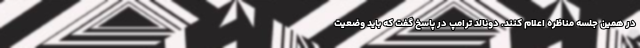
در همین جلسه مناظره اعلام کنند. دونالد ترامپ در پاسخ گفت که باید وضعیت